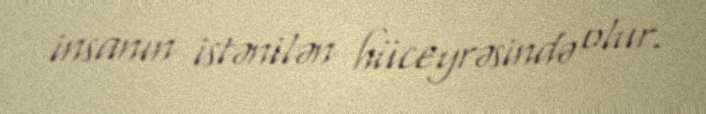
insanın istənilən hüceyrəsində olur.